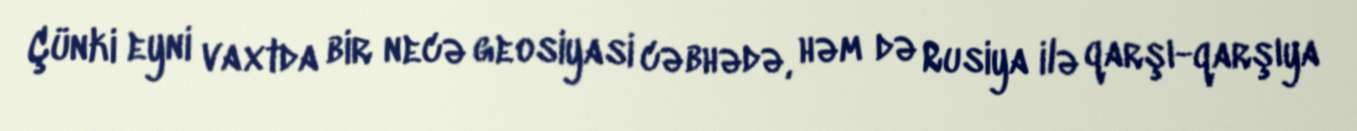
Çünki eyni vaxtda bir necə geosiyasi cəbhədə, həm də Rusiya ilə qarşı-qarşıya